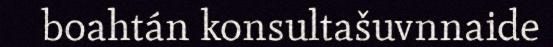
boahtán konsultašuvnnaide